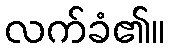
လက်ခံ၏။